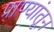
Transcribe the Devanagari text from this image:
प्राण्यांतून